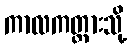
ကာလကတ္တားသို့